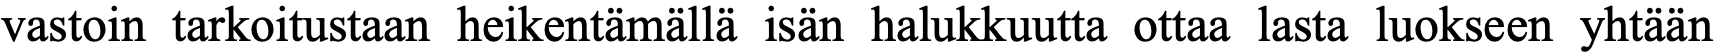
vastoin tarkoitustaan heikentämällä isän halukkuutta ottaa lasta luokseen yhtään